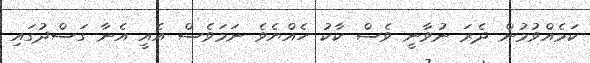
ކަމެއްވުމުން ދެރަ ނުވާނީ ވެސް ކާކު ހެއްޔެވެ ނަމަވެސް އެއީ އެނާ ގަސްދުގައި